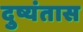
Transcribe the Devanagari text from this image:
दुष्यंतास